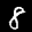
Label: 8